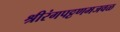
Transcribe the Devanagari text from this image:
श्रीरंगपट्टणमजवळ